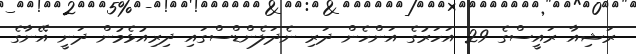
ރަޝިއާ ރައީސްގެ 29 އަހަރުގެ އަންހެން ދަރި ނެދަލެންޑްސްގައި ދިރިއުޅެމުން ދަނީ އޭނާގެ